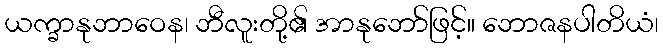
ယက္ခာနုဘာဝေန၊ ဘီလူးတို့၏ အာနုဘော်ဖြင့်။ ဘောဇနပါတိယံ၊